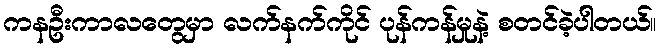
ကနဦးကာလတွေမှာ လက်နက်ကိုင် ပုန်ကန်မှုနဲ့ စတင်ခဲ့ပါတယ်။